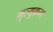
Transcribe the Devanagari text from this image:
मृत्युक्रम